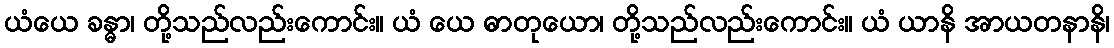
ယံယေ ခန္ဓာ၊ တို့သည်လည်းကောင်း။ ယံ ယေ ဓာတုယော၊ တို့သည်လည်းကောင်း။ ယံ ယာနိ အာယတနာနိ၊